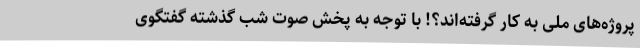
پروژه‌های ملی به کار گرفته‌اند؟! با توجه به پخش صوت شب گذشته گفتگوی